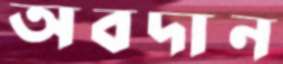
অবদান